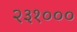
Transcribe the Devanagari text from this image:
२३१०००